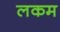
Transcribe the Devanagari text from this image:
लकम